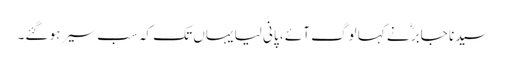
سیدنا جابرؓ نے کہا لوگ آئے ، پانی لیا یہاں تک کہ سب سیر ہو گئے۔